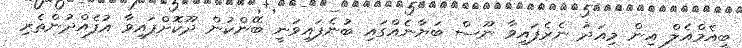
ބީއެމްއެލް އިން މިއަދު ނެރެފައިވާ ނޫސް ބަޔާނެއްގައި ބުނެފައިވަނީ ބޭންކުން ދޫކޮށްފައިވާ އުފެއްދުންތެރި